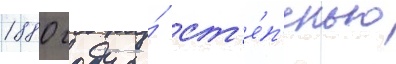
1880 году со́ ст'е́п'енью